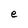
Character: e